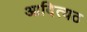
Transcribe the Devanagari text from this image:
आदित्यठ